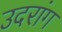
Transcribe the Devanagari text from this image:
उदरांग